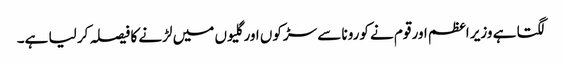
لگتا ہے وزیر اعظم اور قوم نے کورونا سے سڑکوں اور گلیوں میں لڑنے کا فیصلہ کر لیا ہے۔